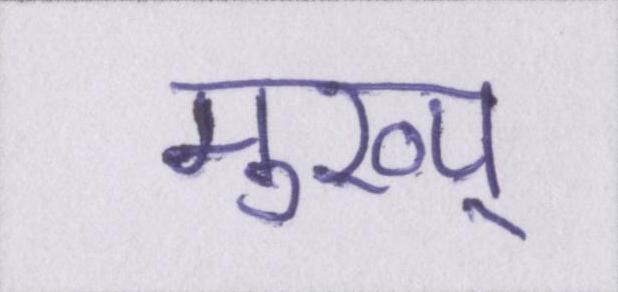
मुख्य्